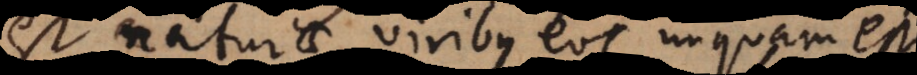
est naturae viribus eos unquam esse